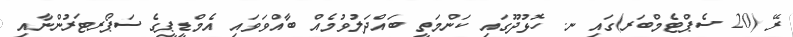
ރޭ (20 ސެޕްޓެމްބަރ)ގައި ނ. ހޮޅުދޫގައި ކަންމަތީ ބައްދަލުވުމެއް ބާއްވަވައި އެމްޑީޕީގެ ސަޕޯރޓަރުންނާއި